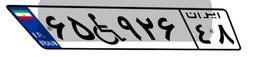
۷۲W۰۴۲۶۵